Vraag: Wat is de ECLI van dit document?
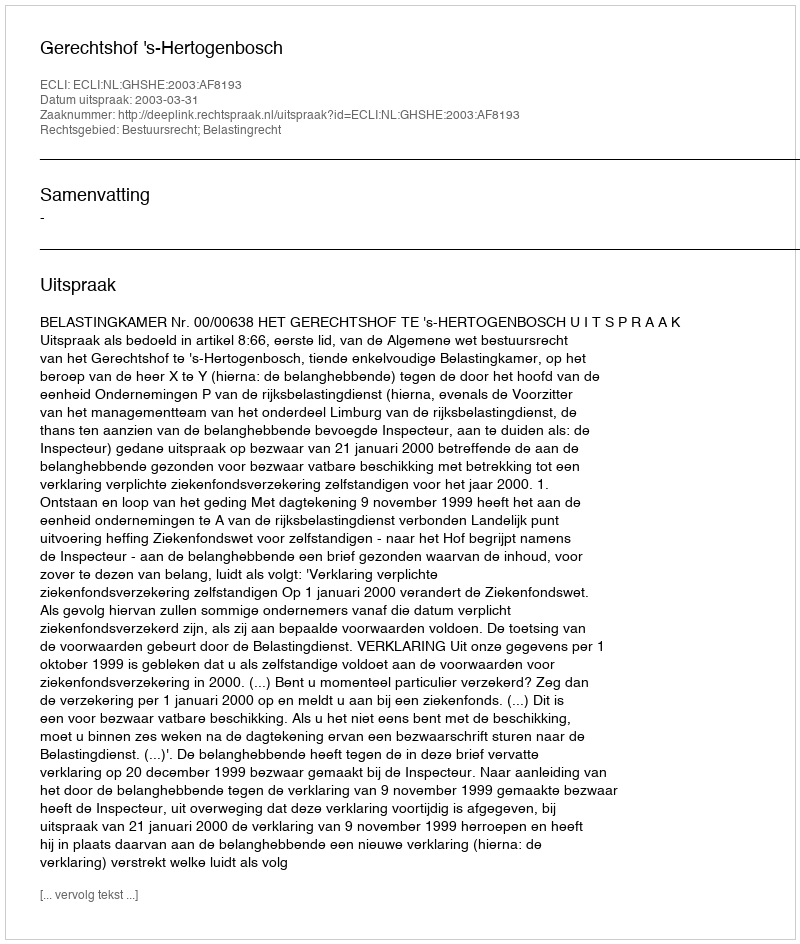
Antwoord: ECLI:NL:GHSHE:2003:AF8193